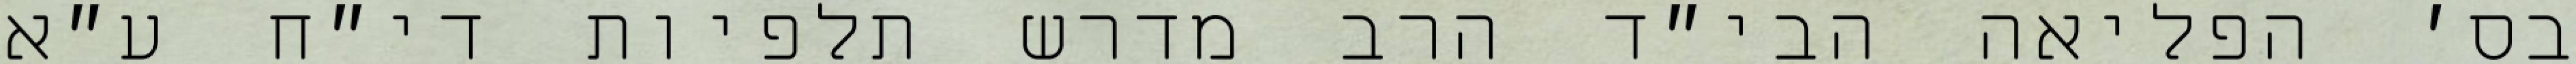
בס׳ הפליאה הבי״ד הרב מדרש תלפיות די״ח ע״א